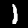
Label: 1